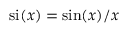
\mathrm { s i } ( x ) = \mathrm { s i n } ( x ) / x